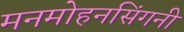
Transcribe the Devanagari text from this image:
मनमोहनसिंगनी